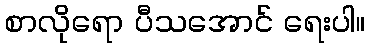
စာလိုရော ပီသအောင် ရေးပါ။